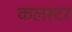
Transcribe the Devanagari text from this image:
कलस्टर